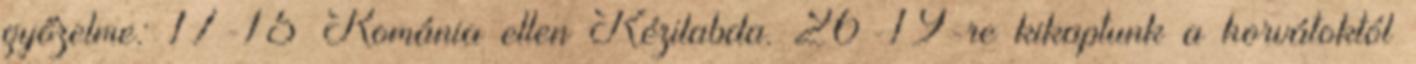
győzelme: 17-15 Románia ellen Kézilabda. 26-19-re kikaptunk a horvátoktól